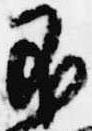
不